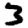
Digit: 3